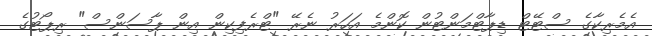
އެމެރިކާގެ ސްޓޭޓް ޑިޕާޓްމަންޓުން ކޮންމެ އަހަރު ނެރޭ "ޓްރެފިކިން އިން ޕާސަންސް" ރިޕޯޓުގެ